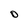
Character: 0